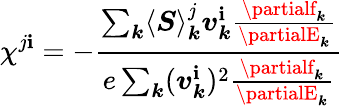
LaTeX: \chi^{j\mathbf{i}}=-\frac{{\sum_{\boldsymbol{k}}\langle\boldsymbol{S}\rangle_{\boldsymbol{k}}^{j}\boldsymbol{v}_{\boldsymbol{k}}^{\mathbf{i}}\frac{{\partialf_{\boldsymbol{k}}}}{{\partialE_{\boldsymbol{k}}}}}}{{e\sum_{\boldsymbol{k}}(\boldsymbol{v}_{\boldsymbol{k}}^{\mathbf{i}})^{2}\frac{{\partialf_{\boldsymbol{k}}}}{{\partialE_{\boldsymbol{k}}}}}}